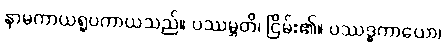
နာမကာယရူပကာယသည်။ ပဿမ္ဘတိ၊ ငြိမ်း၏။ ပဿဒ္ဓကာယော၊